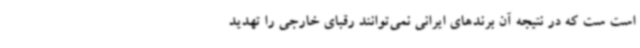
است ست که در نتیجه آن برندهای ایرانی نمی‌توانند رقبای خارجی را تهدید